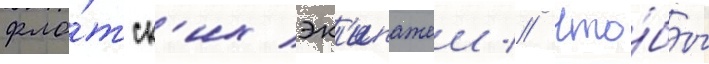
фло́тск'их эк'ипажеи // Что́бы